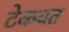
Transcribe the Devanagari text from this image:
टेकवत